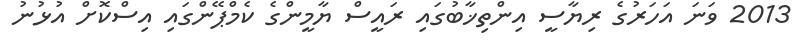
2013 ވަނަ އަހަރުގެ ރިޔާސީ އިންތިޚާބުގައި ރައީސް ޔާމީންގެ ކެމްޕޭންގައި އިސްކޮށް އުޅުނު